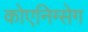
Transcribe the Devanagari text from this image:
कोएनिग्सेग